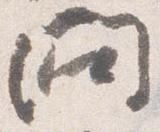
問